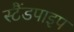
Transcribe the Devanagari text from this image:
स्टैंडपाइप